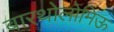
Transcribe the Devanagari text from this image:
बारथोलोमिऊ